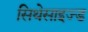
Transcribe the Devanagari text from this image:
सिथेसाइज्ड